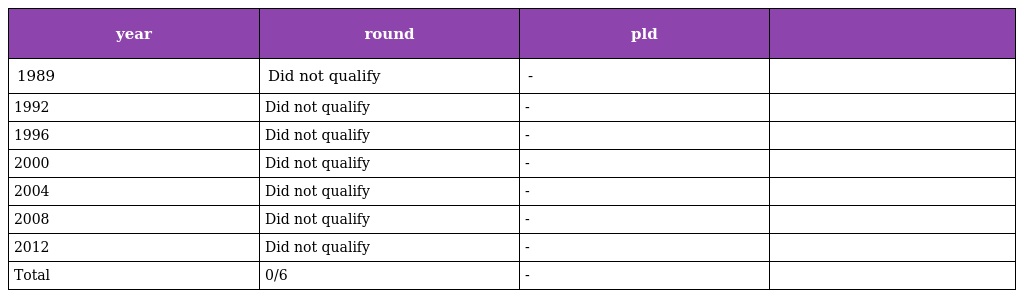
| year | round | pld |  |
 | --- | --- | --- | --- |
 | 1989 | Did not qualify | - |  |
 | 1992 | Did not qualify | - |  |
 | 1996 | Did not qualify | - |  |
 | 2000 | Did not qualify | - |  |
 | 2004 | Did not qualify | - |  |
 | 2008 | Did not qualify | - |  |
 | 2012 | Did not qualify | - |  |
 | Total | 0/6 | - |  |